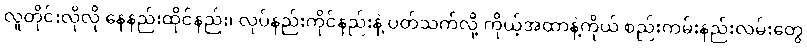
လူတိုင်းလိုလို နေနည်းထိုင်နည်း၊ လုပ်နည်းကိုင်နည်းနဲ့ ပတ်သက်လို့ ကိုယ့်အထာနဲ့ကိုယ် စည်းကမ်းနည်းလမ်းတွေ